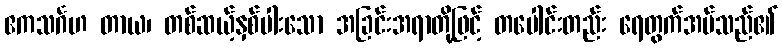
ဧကသင်္ဂဟ တာယ၊ တစ်ဆယ့်နှစ်ပါးသော အခြင်းအရာတို့ဖြင့် တပေါင်းတည်း ရေတွက်အပ်သည်၏